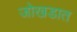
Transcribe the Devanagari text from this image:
जोखडात